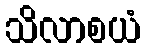
သိလာစယံ